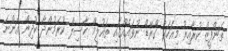
ތަންފީޒް ކުރާއިރު މިއަހަރު ގްރޭޑް ނުވައެއްގައި ތައުލީމް ހާސިލް ކުރަމުންދާ ކުދިން އަންނަ